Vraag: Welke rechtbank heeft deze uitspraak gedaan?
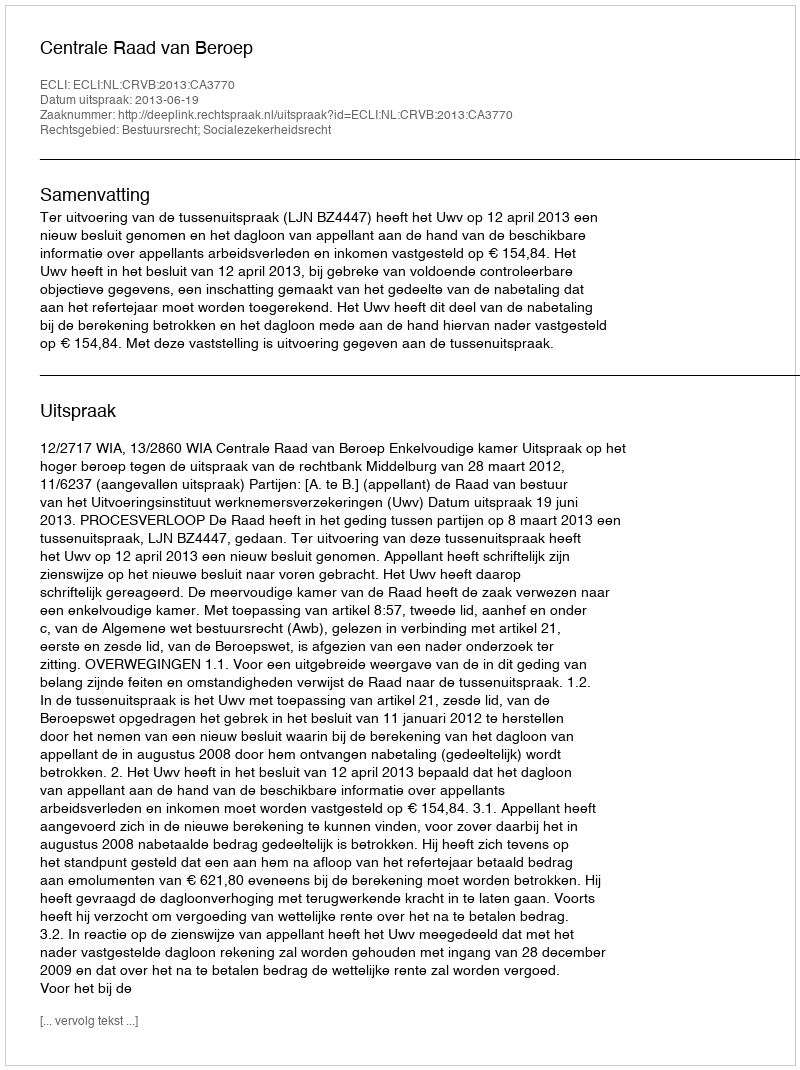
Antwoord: Centrale Raad van Beroep